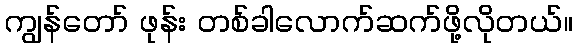
ကျွန်တော် ဖုန်း တစ်ခါလောက်ဆက်ဖို့လိုတယ်။